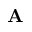
\bf A